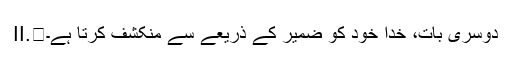
II.	دوسری بات، خدا خود کو ضمیر کے ذریعے سے منکشف کرتا ہے۔